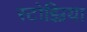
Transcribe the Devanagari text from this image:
स्टोझ्निया